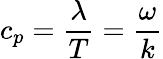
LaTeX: \displaystyle c_{p}={\frac{\lambda}{T}}={\frac{\omega}{k}}